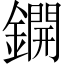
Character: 鐦